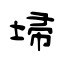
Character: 埽